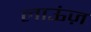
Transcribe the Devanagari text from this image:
लाऊंज़